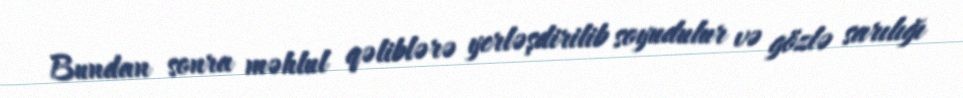
Bundan sonra məhlul qəliblərə yerləşdirilib soyudulur və gözlə sarılığı